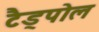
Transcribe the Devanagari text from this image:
टैड्पोल